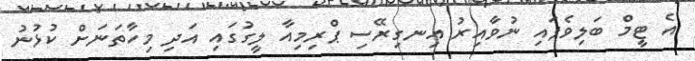
އެ ޓީމް ބަލިވެފައި ނުވާއިރު އިނގިރޭސި ޕްރިމިއާ ލީގުގައި އަދި މިހާތަނަށް ކުޅުނު